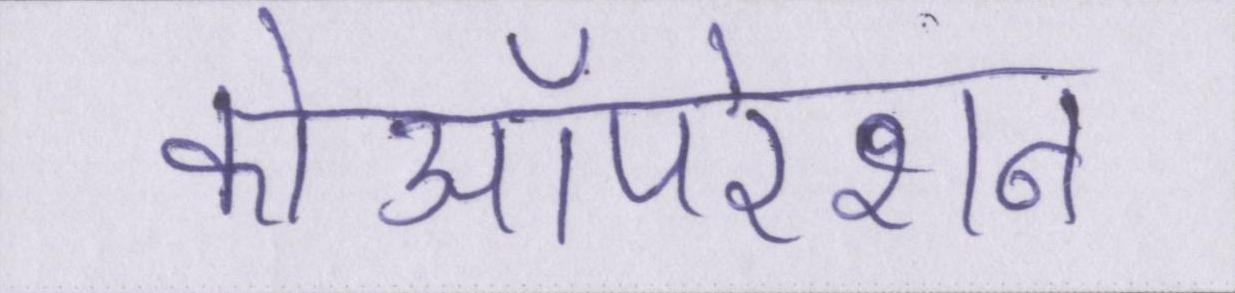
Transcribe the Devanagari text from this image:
कोऑपरेशन